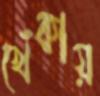
খেঁকায়